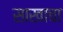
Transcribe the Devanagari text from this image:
साखाचा